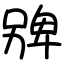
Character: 㗗